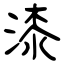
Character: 漆